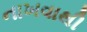
નાખવાથી